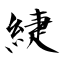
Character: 緁